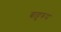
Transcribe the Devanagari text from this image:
बाहुरूप